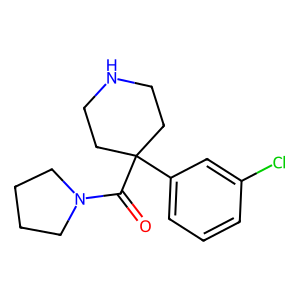
SMILES: O=C(N1CCCC1)C1(c2cccc(Cl)c2)CCNCC1
Inhibits HIV replication: No